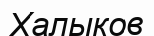
Халыков